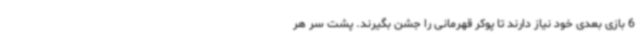
6 بازی بعدی خود نیاز دارند تا پوکر قهرمانی را جشن بگیرند. پشت سر هر